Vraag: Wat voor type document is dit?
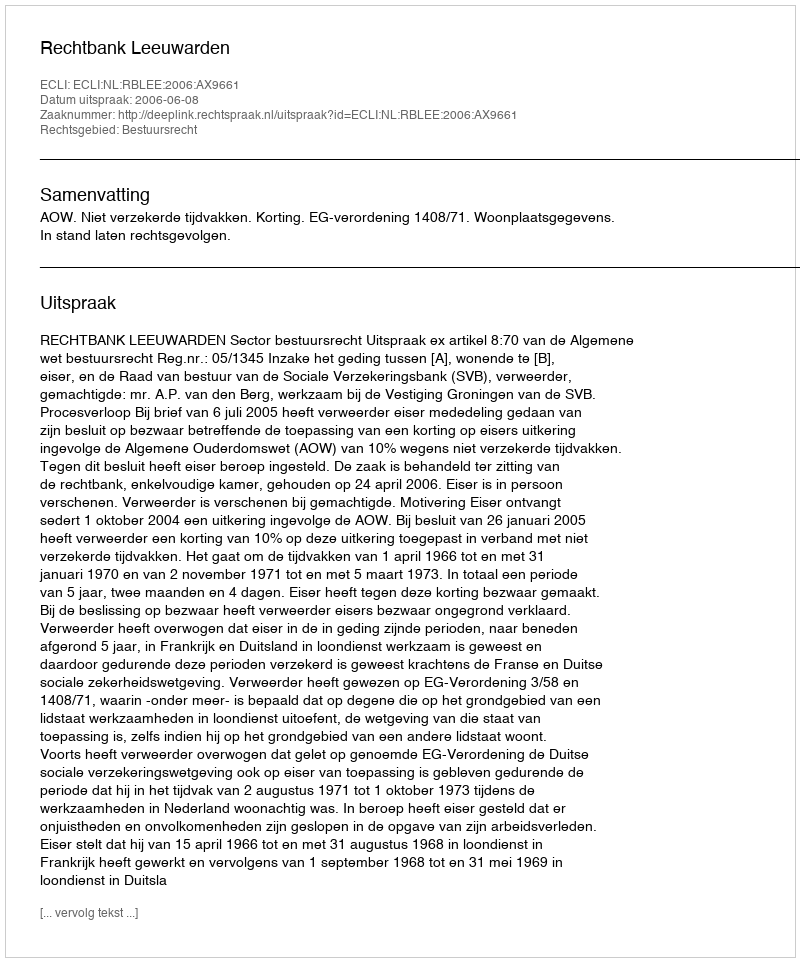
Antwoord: Uitspraak